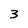
Character: 3